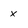
Character: x